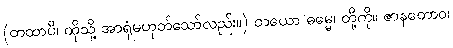
(တထာပိ၊ ထိုသို့ အာရုံမဟုတ်သော်လည်း။) တယော ဓမ္မေ၊ တို့ကို။ ဇာနတောဝ၊